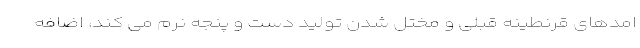
امدهای قرنطینه قبلی و مختل شدن تولید دست و پنجه نرم می کند، اضافه